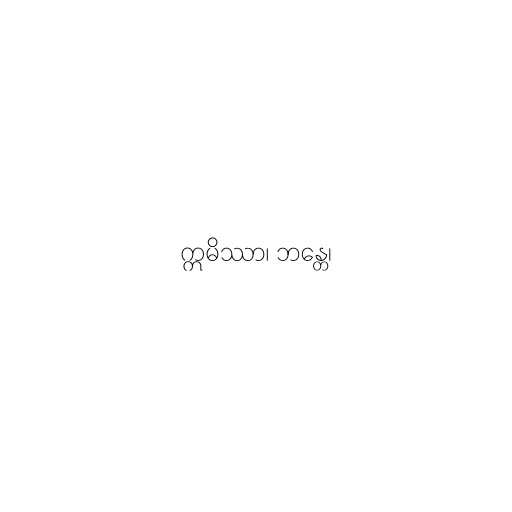
ဣမိဿာ၊ ဘန္တေ၊